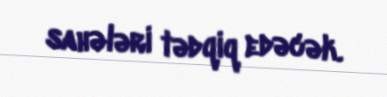
sahələri tədqiq edəcək.